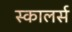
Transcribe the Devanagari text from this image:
स्कालर्स